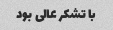
با تشکر عالی بود